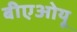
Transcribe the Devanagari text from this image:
बीएओयू